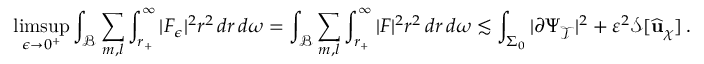
\operatorname* { l i m s u p } _ { \epsilon \to 0 ^ { + } } \int _ { \mathcal { B } } \sum _ { m , l } \int _ { r _ { + } } ^ { \infty } | F _ { \epsilon } | ^ { 2 } r ^ { 2 } \, d r \, d \omega = \int _ { \mathcal { B } } \sum _ { m , l } \int _ { r _ { + } } ^ { \infty } | F | ^ { 2 } r ^ { 2 } \, d r \, d \omega \lesssim \int _ { \Sigma _ { 0 } } | \partial \Psi _ { \mathcal { T } } | ^ { 2 } + \varepsilon ^ { 2 } \mathcal { S } [ \widehat { \mathbf { u } } _ { \chi } ] \, .